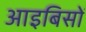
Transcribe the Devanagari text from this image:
आइबिसों